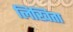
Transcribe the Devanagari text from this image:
लिखिता